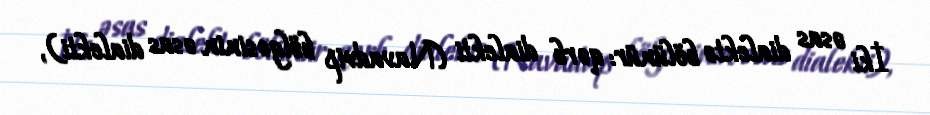
İki əsas dialektə bölünür: qərb dialekti (Navadvip bölgəsinin əsas dialekti),